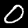
Digit: 0